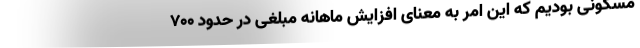
مسکونی بودیم که این امر به معنای افزایش ماهانه مبلغی در حدود 700